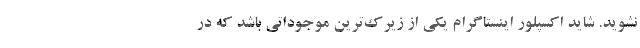
نشوید. شاید اکسپلور اینستاگرام یکی از زیرک‌ترین موجوداتی باشد که در